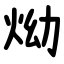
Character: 㶭